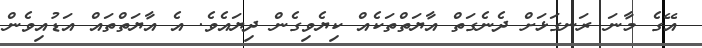
އޭގެ މާނަ ރަނގަޅަށް ދެނެގަތް އާޔަތްތަކެއް ކިޔެވިގެން ދިޔައެވެ. އެ އާޔަތްތައް އަޑުއިވެން